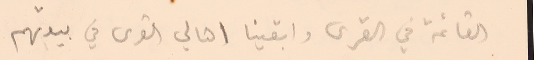
القائمة في القرى وابقينا اهالي القرى في بيوتهم